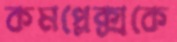
কমপ্লেক্সকে